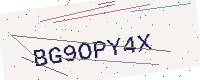
Text: BG9OPY4X